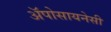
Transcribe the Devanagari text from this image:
अॅपोसायनेसी